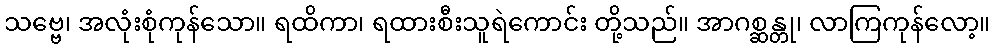
သဗ္ဗေ၊ အလုံးစုံကုန်သော။ ရထိကာ၊ ရထားစီးသူရဲကောင်း တို့သည်။ အာဂစ္ဆန္တု၊ လာကြကုန်လော့။